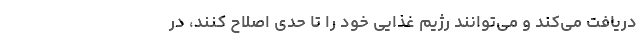
دریافت می‌کند و می‌توانند رژیم غذایی خود را تا حدی اصلاح کنند، در